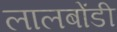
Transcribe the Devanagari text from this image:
लालबोंडी